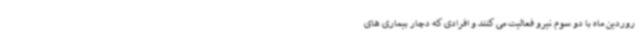
روردین ماه با دو سوم نیرو فعالیت می کنند و افرادی که دچار بیماری های